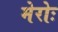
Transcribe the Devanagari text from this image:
मेरोः